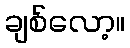
ချစ်လော့။